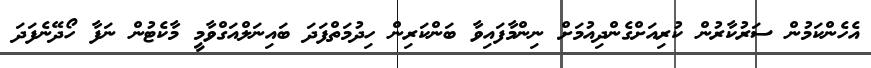
އެހެންކަމުން ސަރުކާރުން ކުރިއަށްގެންދިއުމަށް ނިންމާފައިވާ ބަންކަރިން ހިދުމަތްފަދަ ބައިނަލްއަގްވާމީ މާކެޓުން ނަފާ ހޯދޭނެފަދަ